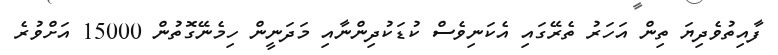
ފާއިތުވެދިޔަ ތިން އަހަރު ތެރޭގައި އެކަނިވެސް ކުޑަކުދިންނާއި މަދަނީން ހިމެނޭގޮތުން 15000 އަށްވުރެ